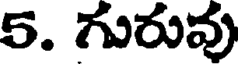
5. గురువు